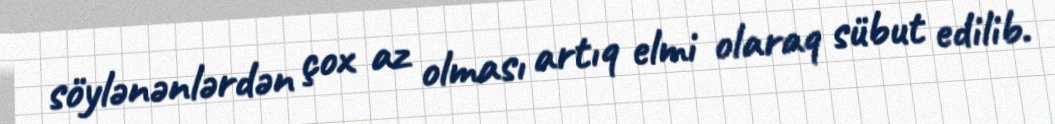
söylənənlərdən çox az olması artıq elmi olaraq sübut edilib.